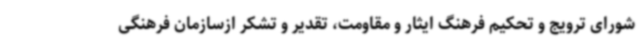
شورای ترویج و تحکیم فرهنگ ایثار و مقاومت، تقدیر و تشکر ازسازمان فرهنگی